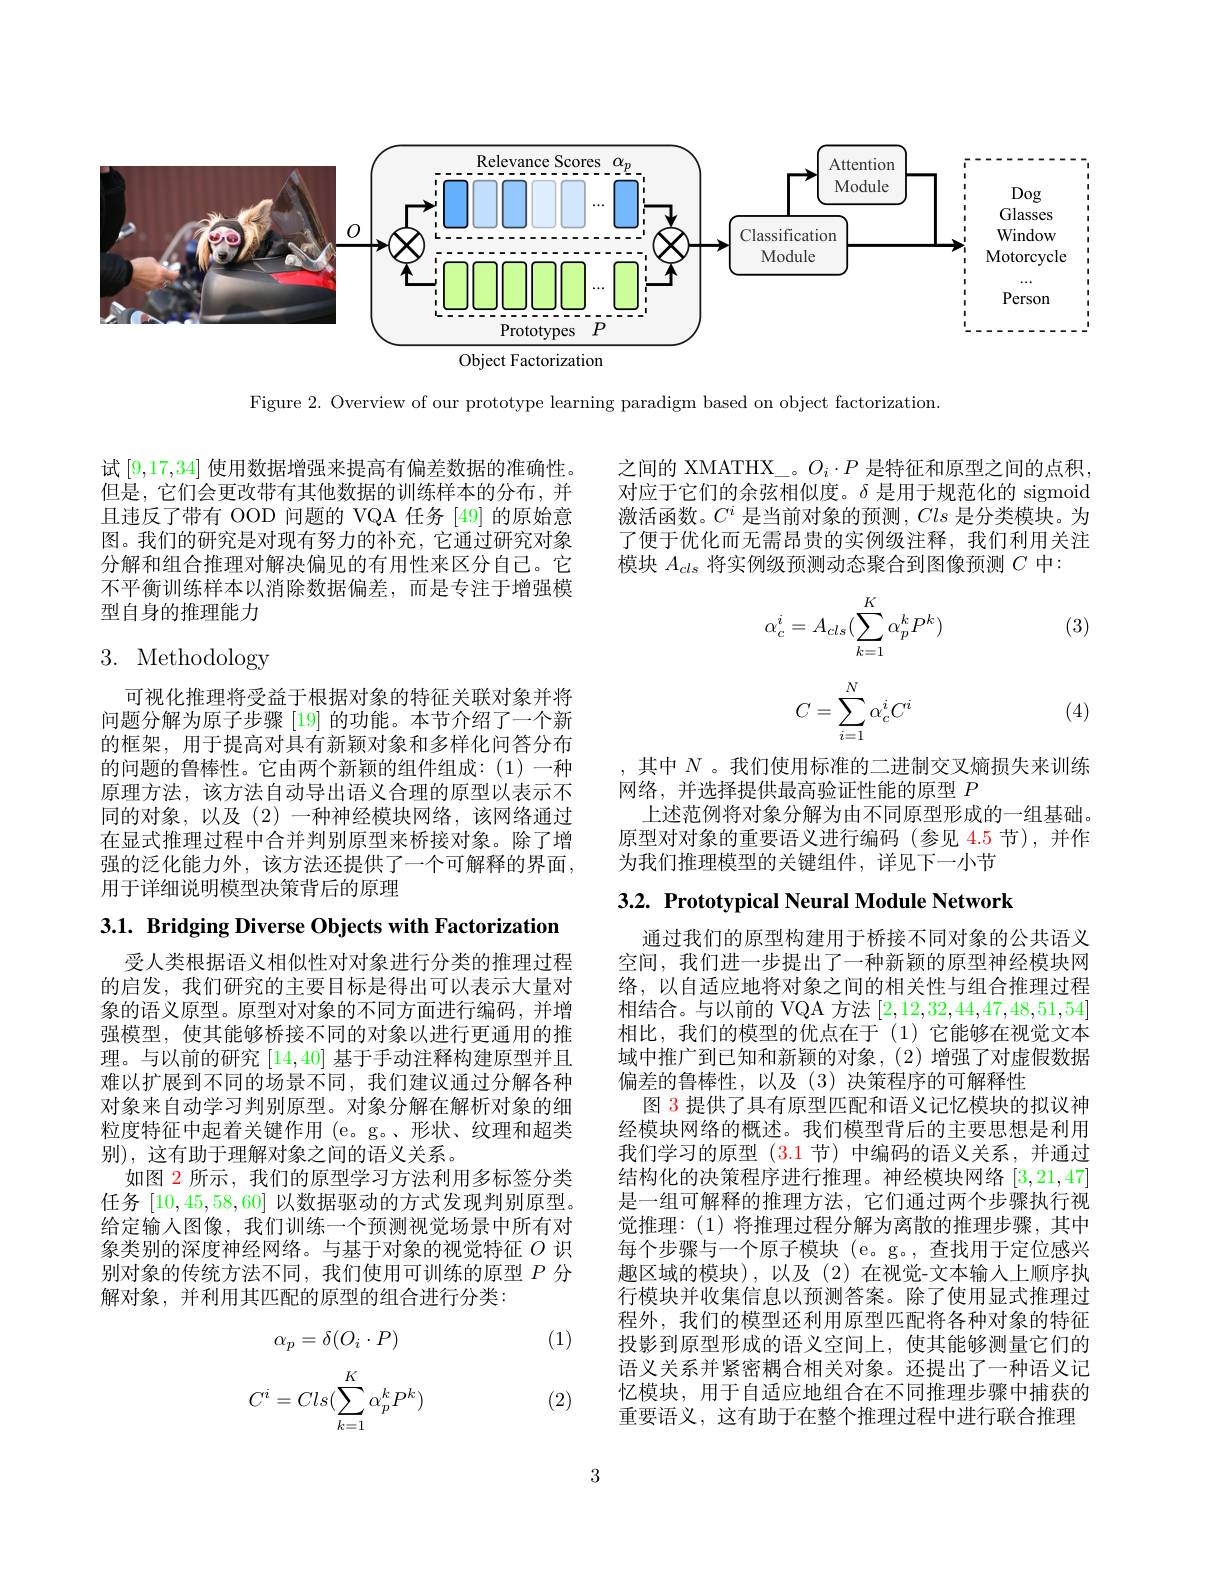
<FigureHere>

Figure 2. Overview of our prototype learning paradigm based on object factorization.

试[9,17,34]使用数据增强来提高有偏差数据的准确性。但是，它们会更改带有其他数据的训练样本的分布，并且违反了带有 OOD 问题的 VQA 任务 [49] 的原始意图。我们的研究是对现有努力的补充，它通过研究对象分解和组合推理对解决偏见的有用性来区分自己。它不平衡训练样本以消除数据偏差，而是专注于增强模型自身的推理能力

# 3. Methodology

可视化推理将受益于根据对象的特征关联对象并将问题分解为原子步骤 [19] 的功能。本节介绍了一个新的框架，用于提高对具有新颖对象和多样化问答分布的问题的鲁棒性。它由两个新颖的组件组成：(1)一种原理方法，该方法自动导出语义合理的原型以表示不同的对象，以及(2)一种神经模块网络，该网络通过在显式推理过程中合并判别原型来桥接对象。除了增强的泛化能力外，该方法还提供了一个可解释的界面用于详细说明模型决策背后的原理

3.1. Bridging Diverse Objects with Factorization

受人类根据语义相似性对对象进行分类的推理过程的启发，我们研究的主要目标是得出可以表示大量对象的语义原型。原型对对象的不同方面进行编码，并增强模型，使其能够桥接不同的对象以进行更通用的推理。与以前的研究[14,40]基于手动注释构建原型并且难以扩展到不同的场景不同，我们建议通过分解各种对象来自动学习判别原型。对象分解在解析对象的细粒度特征中起着关键作用 (e。g。、形状、纹理和超类别),这有助于理解对象之间的语义关系。
如图 2 所示 , 我们的原型学习方法利用多标签分类任务[10,45,58,60]以数据驱动的方式发现判别原型。给定输人图像，我们训练一个预测视觉场景中所有对象类别的深度神经网络。与基于对象的视觉特征$O$识别对象的传统方法不同，我们使用可训练的原型$P$分解对象，并利用其匹配的原型的组合进行分类：

(1)
$$\alpha_p=\delta(O_i\cdot P)$$
$$C^i=Cls(\sum_{k=1}^K\alpha_p^kP^k)$$
(2)

之间的 XMATHX\_。$O_i\cdot P$是特征和原型之间的点积， 对应于它们的余弦相似度。$\delta$是用于规范化的 sigmoid 激活函数。$C^i$是当前对象的预测，Cls是分类模块。为了便于优化而无需昂贵的实例级注释，我们利用关注模块$A_{cls}$将实例级预测动态聚合到图像预测$C$中：
$$\alpha_c^i=A_{cls}(\sum_{k=1}^K\alpha_p^kP^k)$$
(3)
$$C=\sum_{i=1}^N\alpha_c^iC^i$$
(4)

,其中$N$ 。我们使用标准的二进制交叉熵损失来训练
网络，并选择提供最高验证性能的原型$P$
上述范例将对象分解为由不同原型形成的一组基础。原型对对象的重要语义进行编码(参见 4.5 节),并作为我们推理模型的关键组件，详见下一小节

$3. 2. \textbf{ Prototypical Neural Module Network}$

通过我们的原型构建用于桥接不同对象的公共语义空间，我们进一步提出了一种新颖的原型神经模块网络，以自适应地将对象之间的相关性与组合推理过程相结合。与以前的 VQA 方法[2,12,32,44,47,48,51,54] 相比，我们的模型的优点在于(1)它能够在视觉文本域中推广到已知和新颖的对象，(2)增强了对虚假数据偏差的鲁棒性，以及(3)决策程序的可解释性
图 3 提供了具有原型匹配和语义记忆模块的拟议神经模块网络的概述。我们模型背后的主要思想是利用我们学习的原型 (3.1 节) 中编码的语义关系，并通过结构化的决策程序进行推理。神经模块网络[3,21,47] 是一组可解释的推理方法，它们通过两个步骤执行视觉推理：(1)将推理过程分解为离散的推理步骤，其中每个步骤与一个原子模块(e。g。,查找用于定位感兴趣区域的模块),以及(2)在视觉-文本输入上顺序执行模块并收集信息以预测答案。除了使用显式推理过程外，我们的模型还利用原型匹配将各种对象的特征投影到原型形成的语义空间上，使其能够测量它们的语义关系并紧密耦合相关对象。还提出了一种语义记忆模块，用于自适应地组合在不同推理步骤中捕获的重要语义，这有助于在整个推理过程中进行联合推理

3